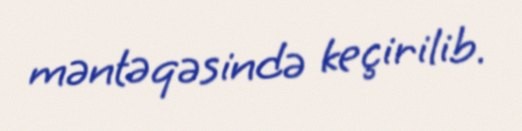
məntəqəsində keçirilib.